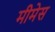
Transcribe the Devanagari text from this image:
मीमेस